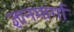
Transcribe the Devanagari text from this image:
ज्ञानमार्गा